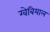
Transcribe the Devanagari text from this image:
ग्वेबियाल